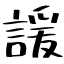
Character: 諼